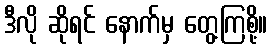
ဒီလို ဆိုရင် နောက်မှ တွေ့ကြစို့။